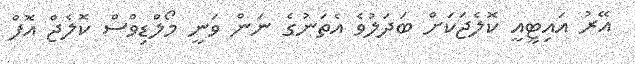
އޭރު އައިޓީއީ ކޮލެޖަކަށް ބަދަލުވެ އެތަނުގެ ނަން ވަނީ މޯލްޑިވްސް ކޮލެޖް އޮފް